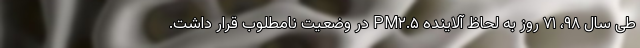
طی سال ۹۸، ۷۱ روز به لحاظ آلاینده PM۲.۵ در وضعیت نامطلوب قرار داشت.